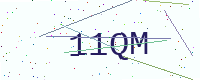
Text: 11QM